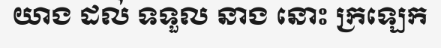
យាង ដល់ ទទួល នាង នោះ ក្រឡេក